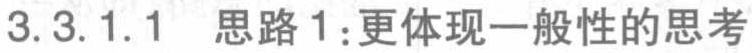
3.3.1.1 思路1:更体现一般性的思考